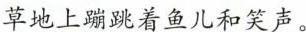
草地上蹦跳着鱼儿和笑声。